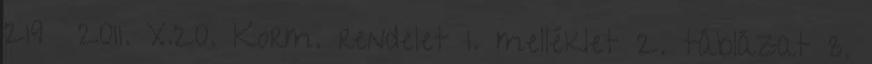
219 2011. X.20. Korm. rendelet 1. melléklet 2. táblázat 3.